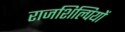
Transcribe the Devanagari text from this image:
राजशिल्पियों